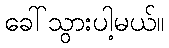
ခေါ်သွားပါ့မယ်။